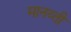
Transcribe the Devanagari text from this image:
मानव्ती